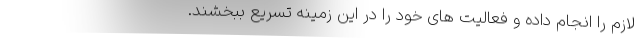
لازم را انجام داده و فعالیت های خود را در این زمینه تسریع ببخشند.